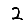
Digit: 2